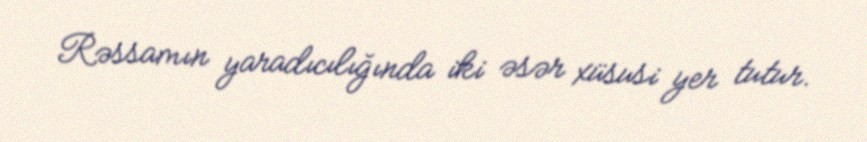
Rəssamın yaradıcılığında iki əsər xüsusi yer tutur.